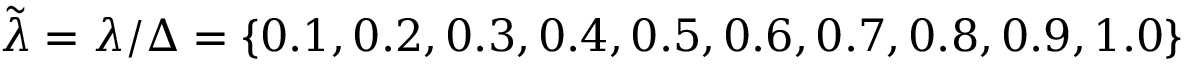
\tilde { \lambda } = \lambda / \Delta = \{ 0 . 1 , 0 . 2 , 0 . 3 , 0 . 4 , 0 . 5 , 0 . 6 , 0 . 7 , 0 . 8 , 0 . 9 , 1 . 0 \}